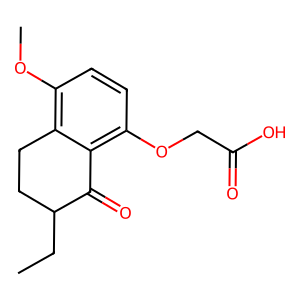
SMILES: CCC1CCc2c(OC)ccc(OCC(=O)O)c2C1=O
Inhibits HIV replication: No